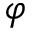
\varphi